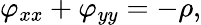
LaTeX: \varphi_{xx}+\varphi_{yy}=-\rho,